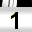
Digit: 1